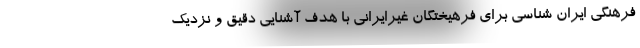
فرهنگی ایران شناسی برای فرهیختگان غیرایرانی با هدف آشنایی دقیق و نزدیک